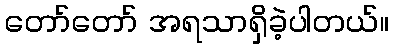
တော်တော် အရသာရှိခဲ့ပါတယ်။